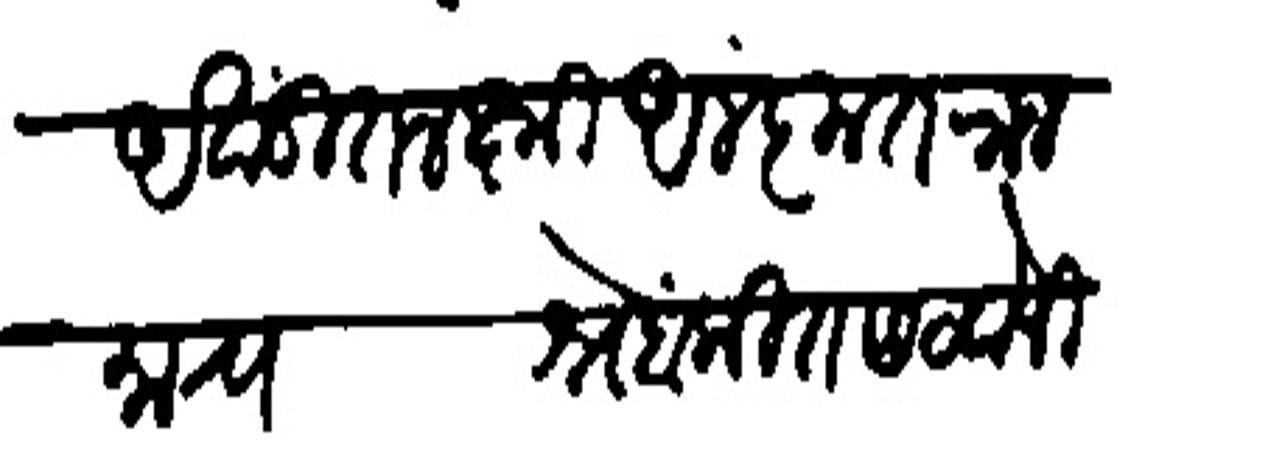
Transliteration (Devanagari): अखंडित लक्ष्मी अलंकृत राजमान्य श्र्नेहांकित सटवोजी